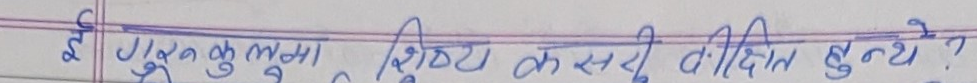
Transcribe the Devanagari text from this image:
ई गुरुकुलमा शिष्य कसरी दीक्षित हुन्थे ?